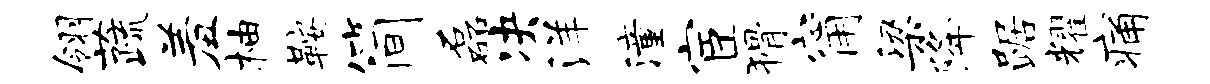
翎蔬羞柚鞍简磊决洋潼宦猾甯梁降踞耀痛